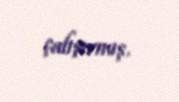
çalışırmış.